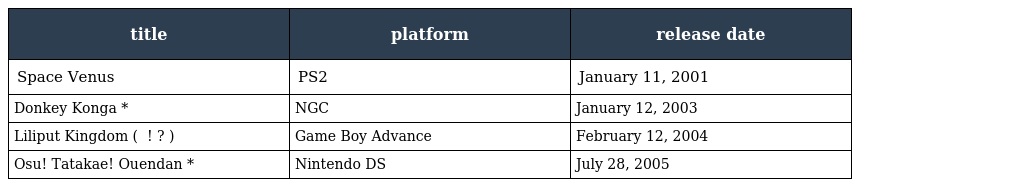
| title | platform | release date |
 | --- | --- | --- |
 | Space Venus | PS2 | January 11, 2001 |
 | Donkey Konga * | NGC | January 12, 2003 |
 | Liliput Kingdom ( リリパット王国 ～リリモニといっしょプニ!～ ? ) | Game Boy Advance | February 12, 2004 |
 | Osu! Tatakae! Ouendan * | Nintendo DS | July 28, 2005 |